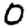
Digit: 0